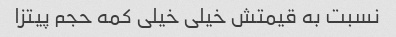
نسبت به قیمتش خیلی خیلی کمه حجم پیتزا